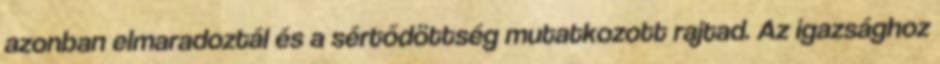
azonban elmaradoztál és a sértődöttség mutatkozott rajtad. Az igazsághoz